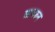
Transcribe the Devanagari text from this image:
सावरुन